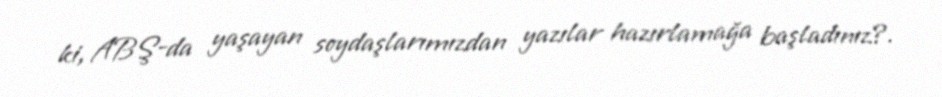
ki, ABŞ-da yaşayan soydaşlarımızdan yazılar hazırlamağa başladınız?.